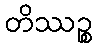
တိဿဉ္စ